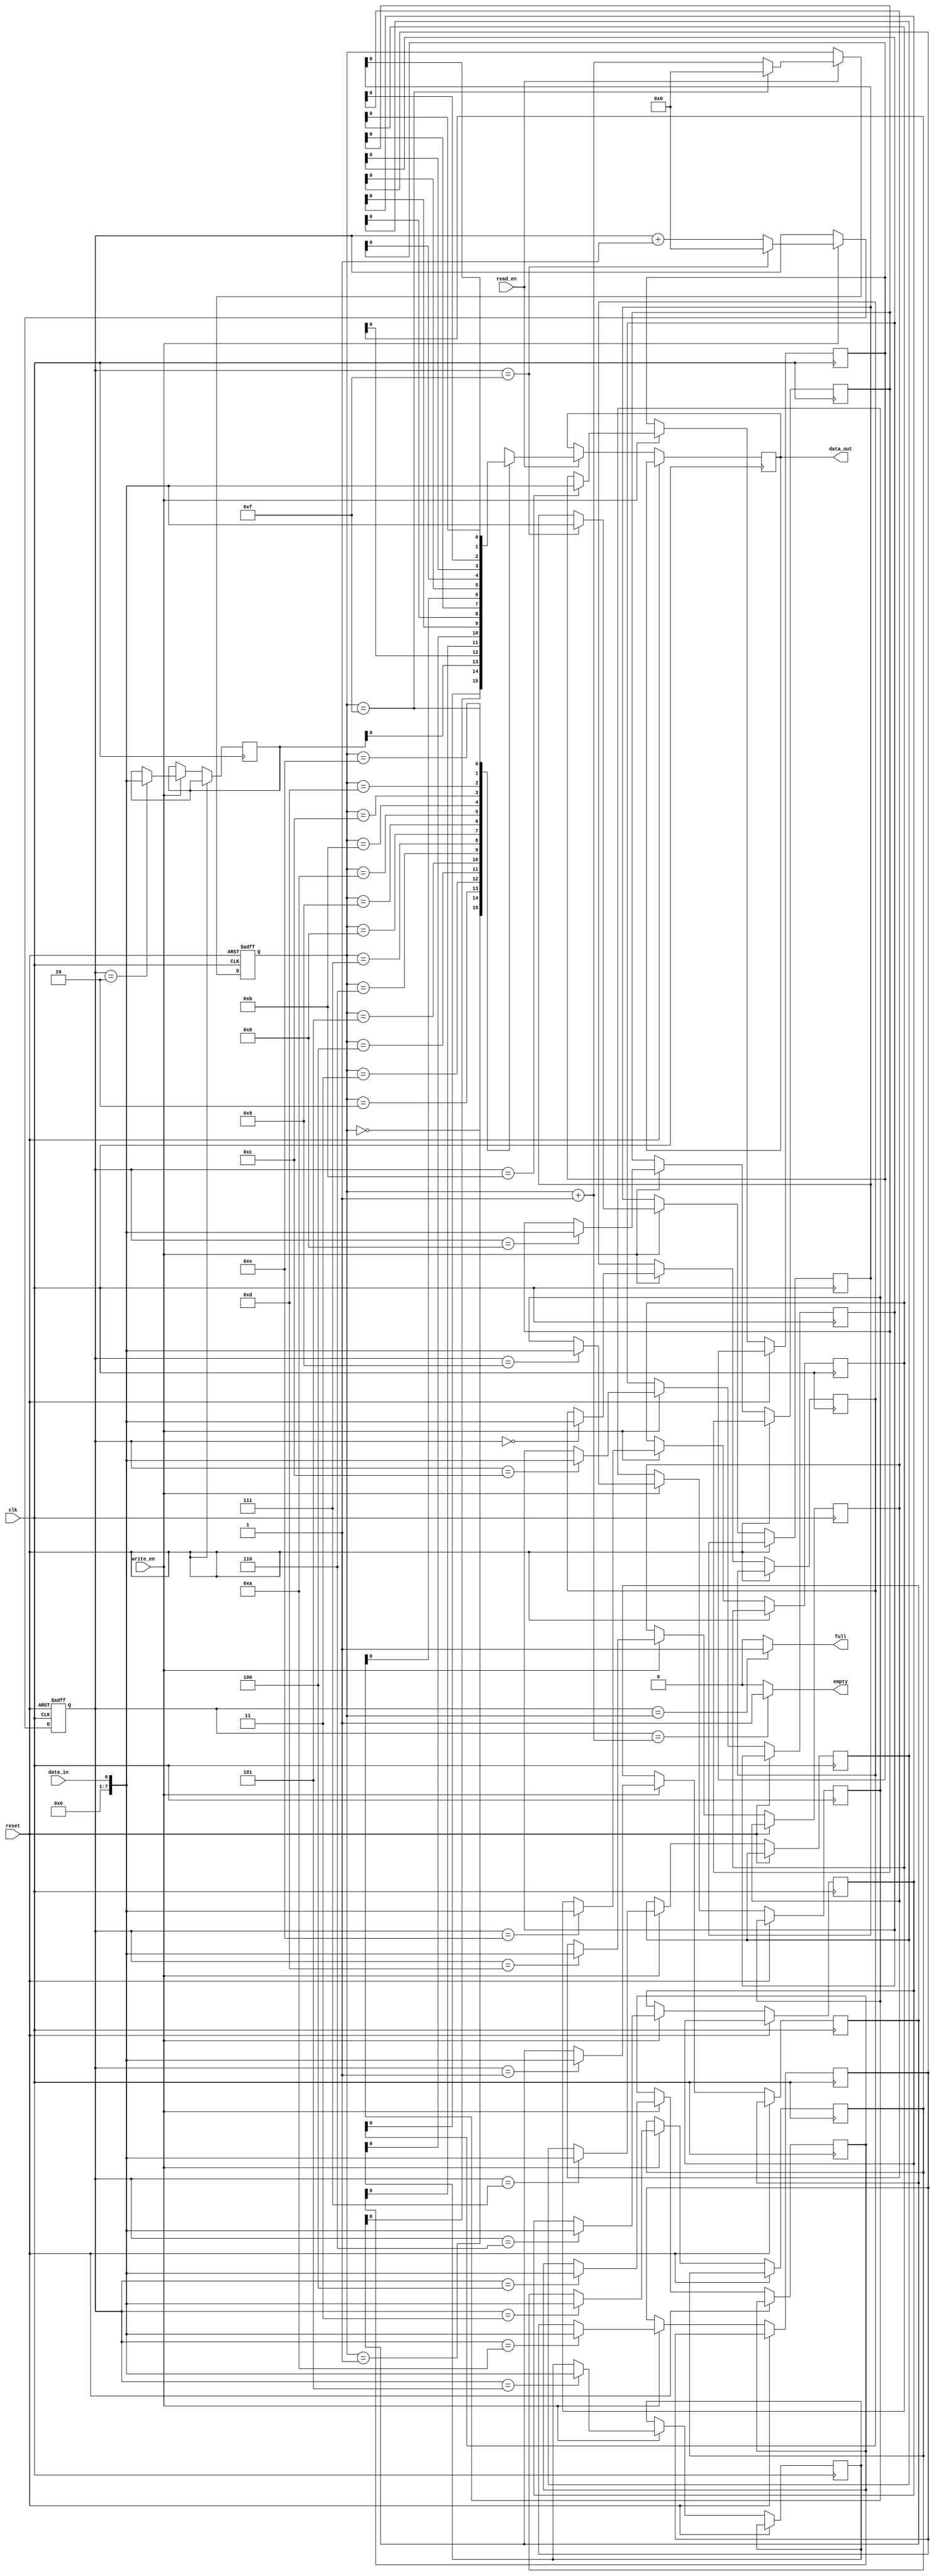
module Asynchronous_FIFO (
    input wire clk,
    input wire reset,
    input wire write_en,
    input wire read_en,
    input wire data_in,
    output wire data_out,
    output wire full,
    output wire empty
);

reg [7:0] fifo [0:15]; // FIFO depth of 16 elements
reg [3:0] write_ptr = 4'b0000; // Initialize write pointer
reg [3:0] read_ptr = 4'b0000; // Initialize read pointer

always @(posedge clk or posedge reset) begin
    if (reset) begin
        write_ptr <= 4'b0000; 
        read_ptr <= 4'b0000;
    end else begin
        if (write_en) begin
            fifo[write_ptr] <= data_in;
            if (write_ptr == 4'b1111)
                write_ptr <= 4'b0000;
            else
                write_ptr <= write_ptr + 4'b0001;
        end
        
        if (read_en) begin
            data_out <= fifo[read_ptr];
            if (read_ptr == 4'b1111)
                read_ptr <= 4'b0000;
            else
                read_ptr <= read_ptr + 4'b0001;
        end
    end
end

assign full = (write_ptr == read_ptr) ? 1'b1 : 1'b0;
assign empty = (write_ptr == read_ptr + 4'b0001) ? 1'b1 : 1'b0;

endmodule